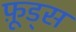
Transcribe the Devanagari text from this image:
फ़ूड्स